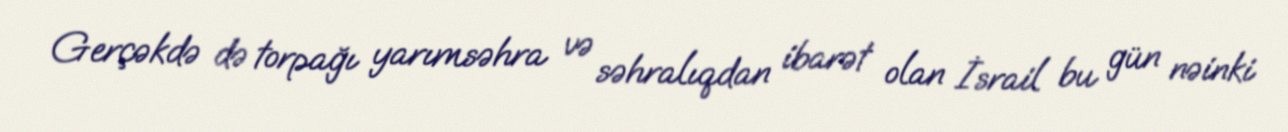
Gerçəkdə də torpağı yarımsəhra və səhralıqdan ibarət olan İsrail bu gün nəinki